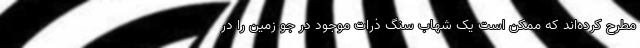
مطرح کرده‌اند که ممکن است یک شهاب سنگ ذرات موجود در جو زمین را در